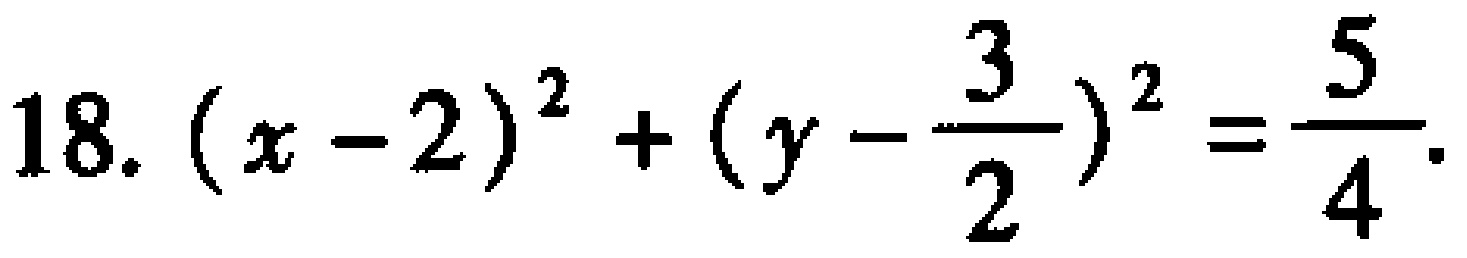
18. \((x - 2)^2 + (y - \frac{3}{2})^2 = \frac{5}{4}\)